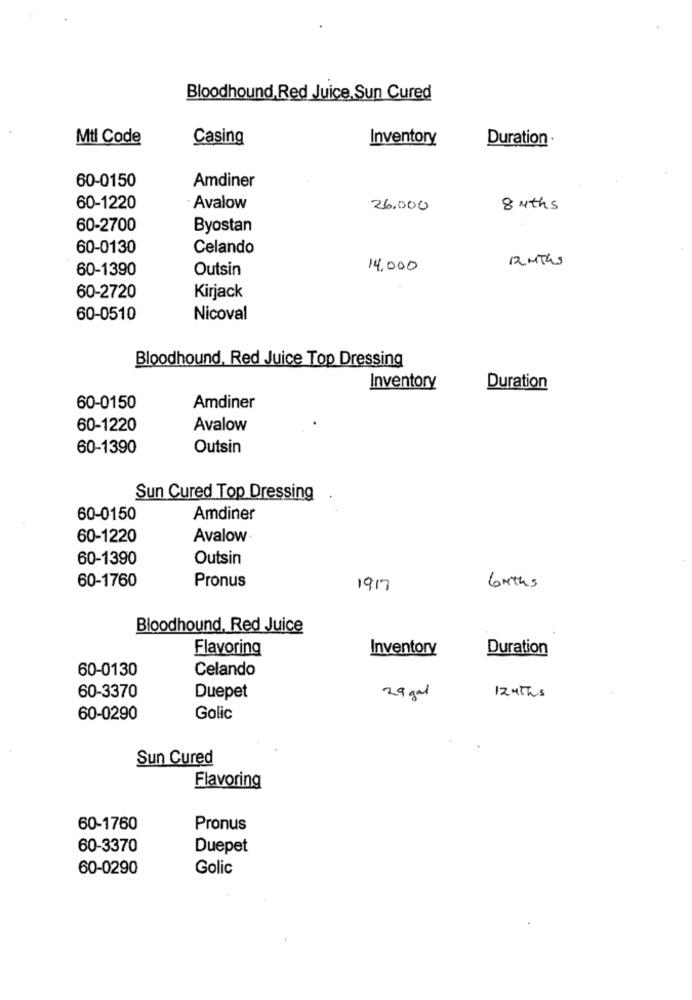
Bloodhound,Red Juice, Sun Cured
Mtl Code
Casing
Inventory
Duration .
60-0150
Amdiner
60-1220
Avalow
26,000
8 Mths
60-2700
Byostan
60-0130
Celando
12 MThs
60-1390
Outsin
14.000
60-2720
Kirjack
60-0510
Nicoval
Bloodhound, Red Juice Top Dressing
Inventory
Duration
60-0150
Amdiner
60-1220
Avalow
60-1390
Outsin
Sun Cured Top Dressing
60-0150
Amdiner
60-1220
Avalow
60-1390
Outsin
60-1760
Pronus
1917
6 mths
Bloodhound, Red Juice
Flavoring
Inventory
Duration
60-0130
Celando
60-3370
Duepet
29 gal
12 M ths
60-0290
Golic
Sun Cured
Flavoring
60-1760
Pronus
60-3370
Duepet
60-0290
Golic